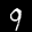
Label: 9